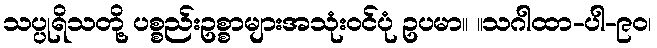
သပ္ပုရိသတို့ ပစ္စည်းဥစ္စာများအသုံးဝင်ပုံ ဥပမာ။ ။သဂါထာ-ပါ-၉၀၊